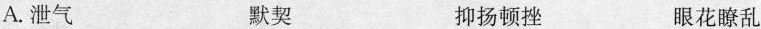
A.泄气 默契 抑扬顿挫 眼花瞭乱